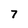
Character: 7